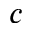
c